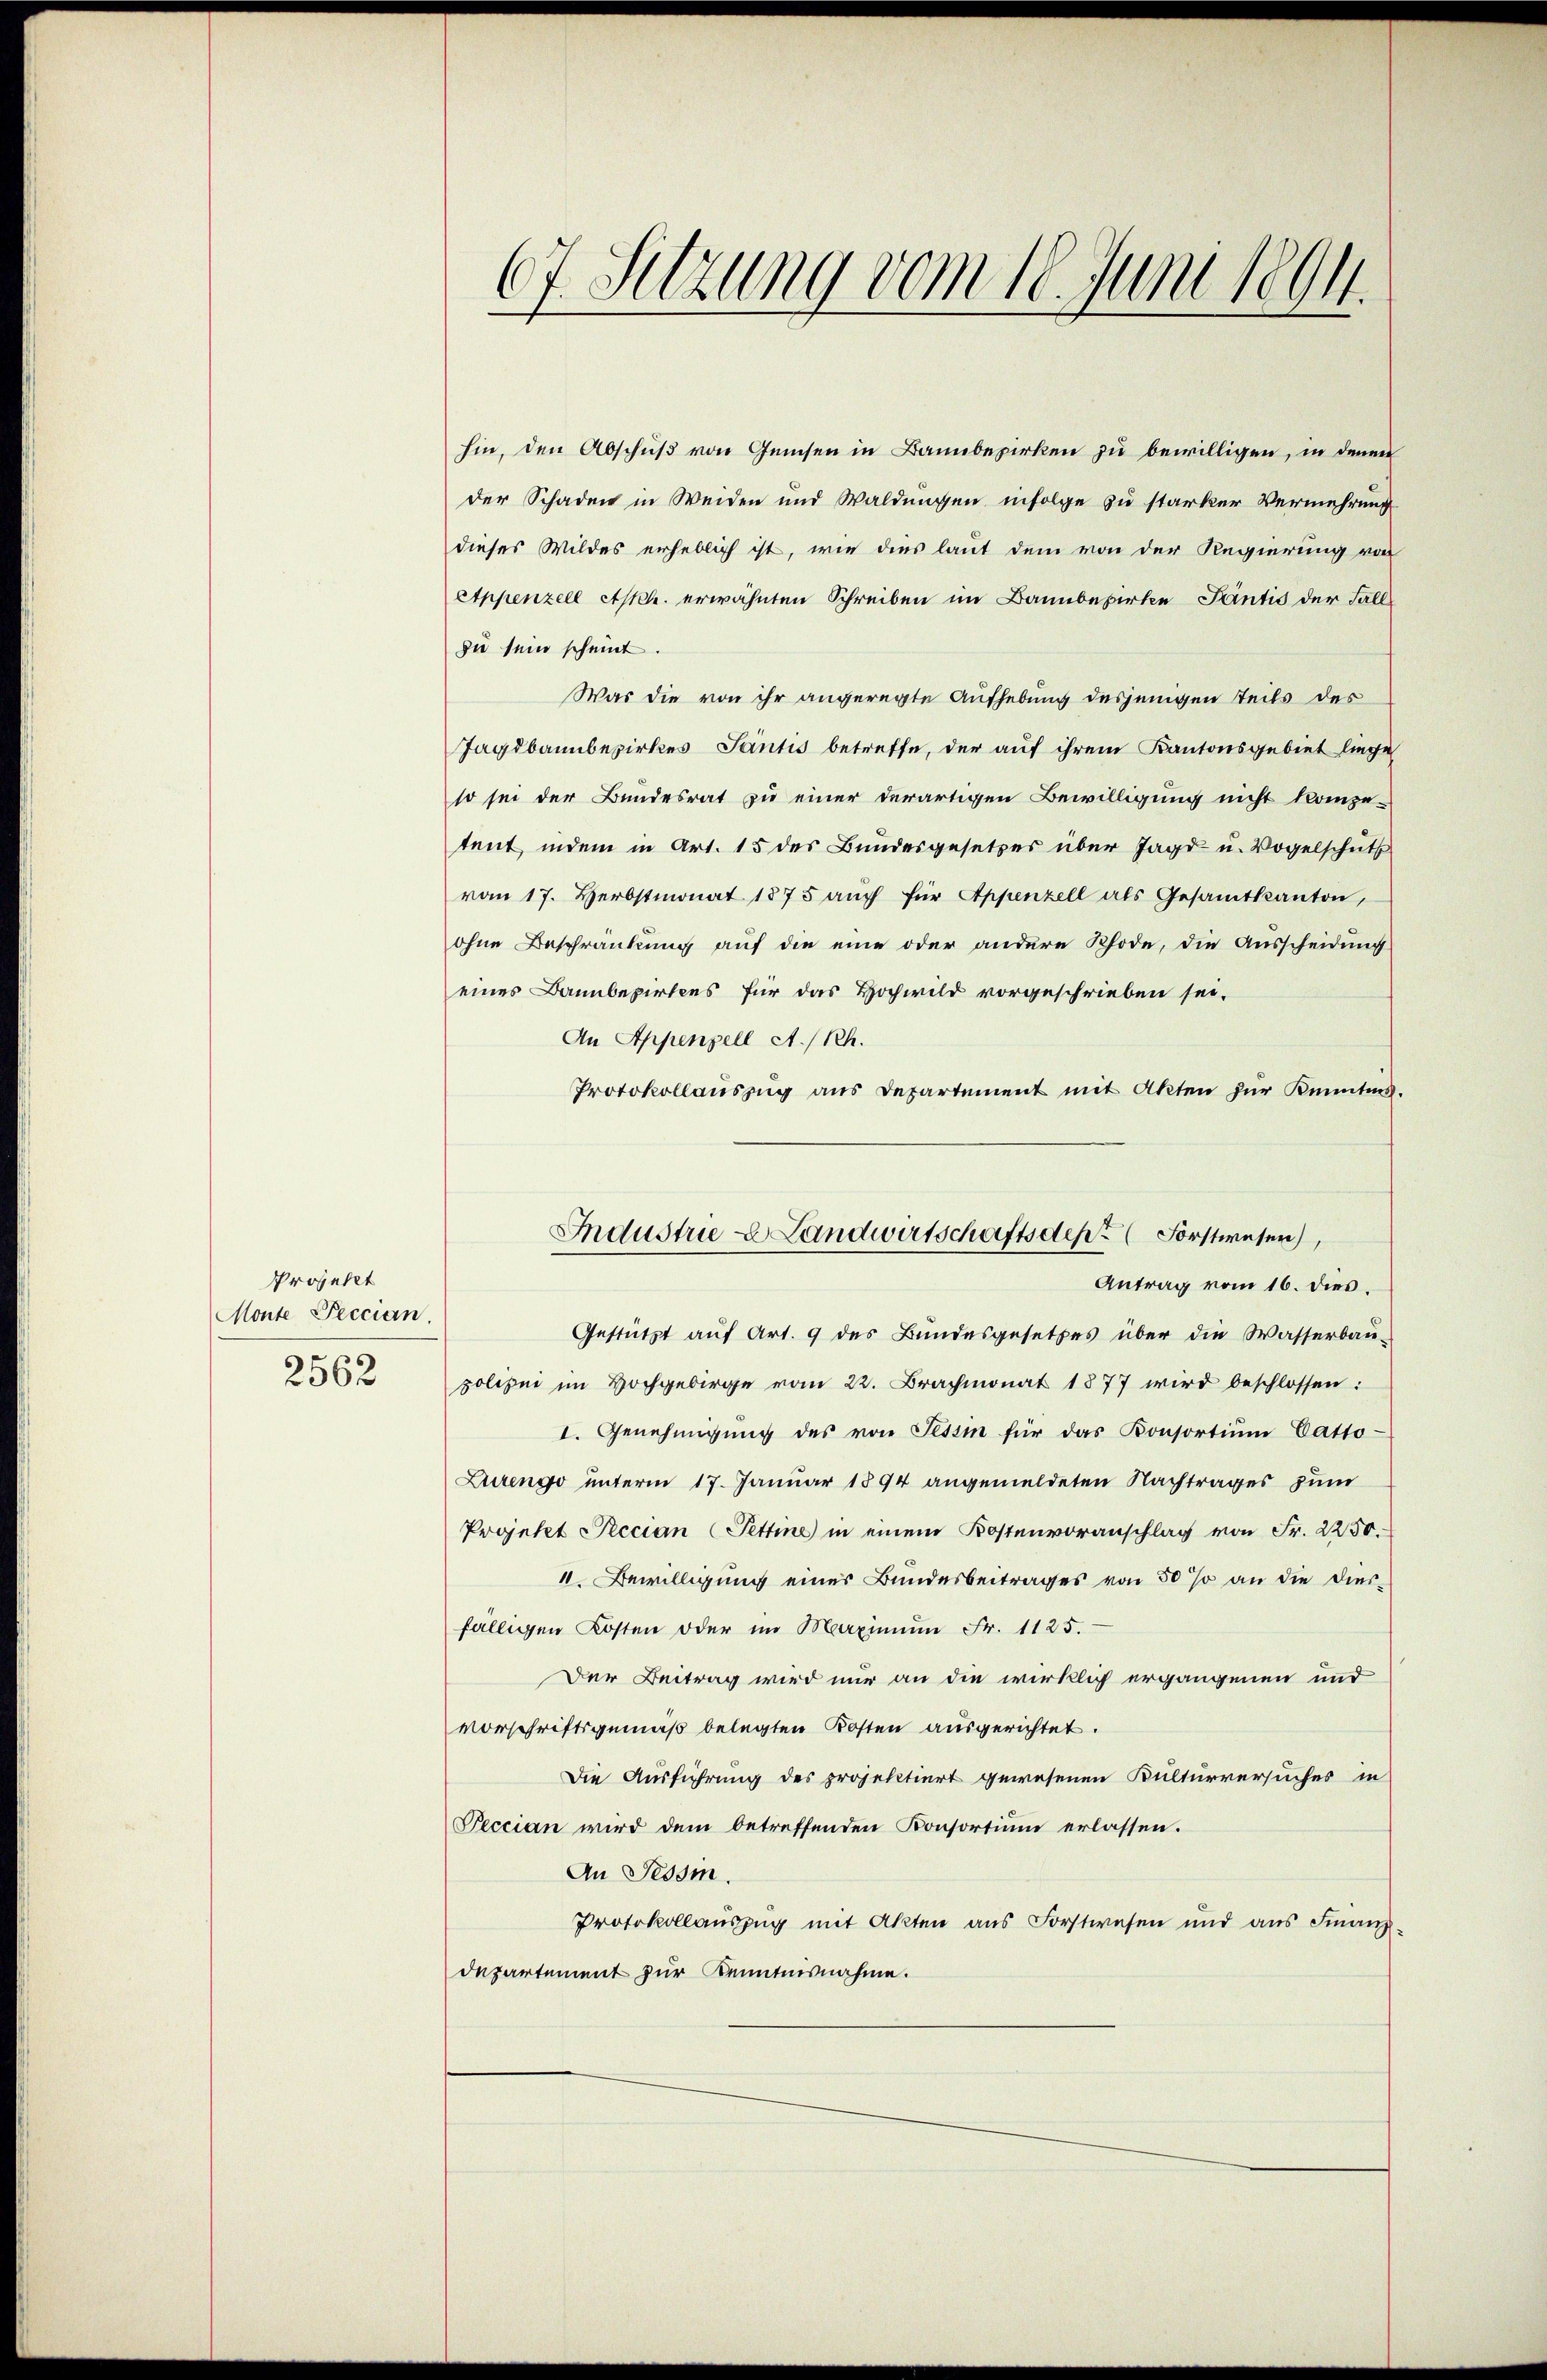
Projekt
Monte Peccian.
2562

67. Setzung vom 18. Juni 1894.

hin, den Abschuß von Geisen in Bannbezirken zu bewilligen, in denen
der Schaden in Weiden und Waldungen infolge zu starker Vermehrung
dieses Wildes erheblich ist, wie dies laut dem von der Regierung von
Appenzell Aph. erwähnten Schreiben im Bannbewirke Pantis der Fall
zu sein scheint.
Was die von ihr angeregte Aufhebung desjenigen Teils des
Jagdbannbezirkes Santis betreffe, der auf ihrem Kantonsgebiet liege
so sei der Bundesrat zu einer derartigen Bewilligung nicht kompe-
tent indem in Art. 15 des Bundesgesetzes über Jagd u. Vogelschutz
vom 17. Herbstmonat 1875 aŭch für Appenzell als Gesamtkanton,
ohne Beschränkung auf die eine oder andere Rhode, die Ausscheidung
eines Bannbepirtens für das Hochwild vorgeschrieben sei.
An Appenzell A/Rh.
Protokollauszug aus Departement mit Akten zur Kenntnis.
Gestützt auf Art. 9 des Bundesgesetzes über die Wasserbau-
polizei im Hochgebirge vom 22. Brachmonat 1877 wird beschlossen:
I. Genehmigŭng des von Tessin für das Konsortium Catto-
Lurengo unterm 17. Januar 1894 angemeldeten Nachtrages zum
Projekt Peccian Pettine in einem Kostenvoranschlag von Fr. 2250.
1. Bewilligung einer Bundesbeitrages von 50 % an die diesfälligen Kosten oder im Maximum Fr. 1125.
Der Beitrag wird nur an die wirklich ergangenen und
vorschriftsgemäß belegten Kosten ausgerichtet.
Die Ausführung des projektiert gewesenen Kulturversuches in
Peccian wird dem betreffenden Konsortium erlassen.
An Tessm.
Protokollaŭszŭg mit Akten ans Forstwesen und ans Finanz-
departement zur Kenntnisnahme.

Industrie - Landwirtschaftsdept Forstwesen,
Antrag vom 16. dies.